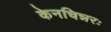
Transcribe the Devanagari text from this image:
केनचिन्नरः